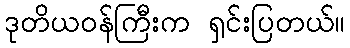
ဒုတိယဝန်ကြီးက ရှင်းပြတယ်။